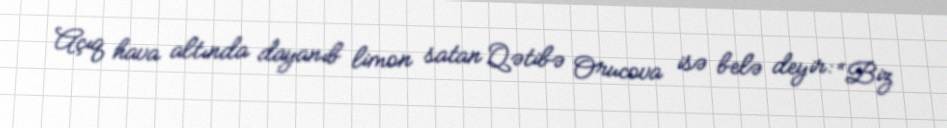
Açıq hava altında dayanıb limon satan Qətibə Orucova isə belə deyir: “Biz